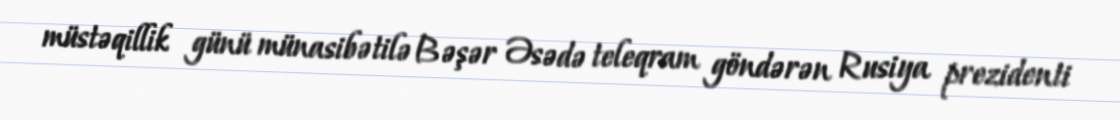
müstəqillik günü münasibətilə Bəşər Əsədə teleqram göndərən Rusiya prezidenti